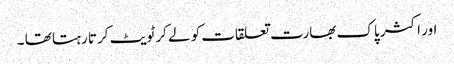
اور اکثر پاک بھارت تعلقات کو لے کر ٹویٹ کرتا رہتا تھا ۔